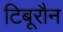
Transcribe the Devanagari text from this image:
टिबूरौन